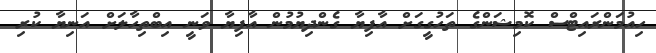
ހިއުމަންރައިޓްސް ކޮމިޝަންގެ ތަހުގީގަށް އާފިޔާ ގެންދިޔުމުން އާފިޔާ ވަނީ އިބްތިހާލަށް އަނިޔާ ކުރި